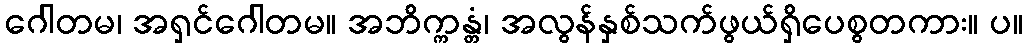
ဂေါတမ၊ အရှင်ဂေါတမ။ အဘိက္ကန္တံ၊ အလွန်နှစ်သက်ဖွယ်ရှိပေစွတကား။ ပ။